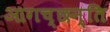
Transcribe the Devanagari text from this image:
आगच्छन्ति